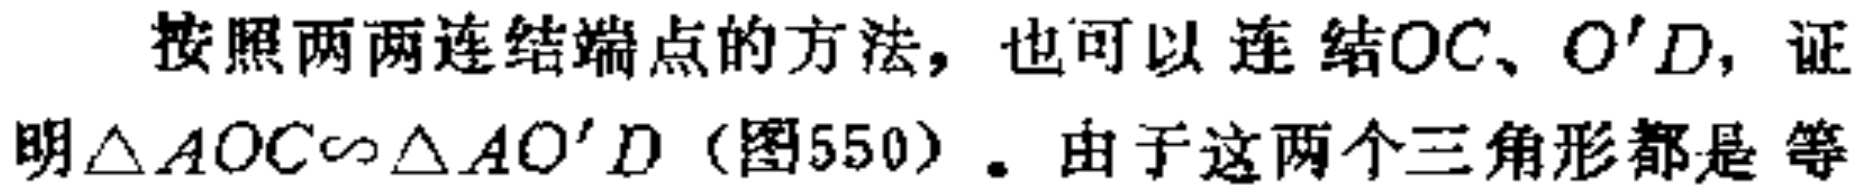
按照两两连结端点的方法，也可以 连 结\(OC\)、\(O^{\prime}D\)，证明\(\triangle AOC\sim\triangle AO^{\prime}D\)（图550）。由于这两个三角形都是 等